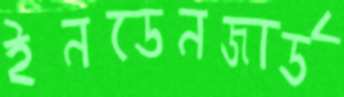
ইনডেনজার্ড